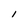
Character: l